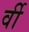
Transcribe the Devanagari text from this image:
र्वी